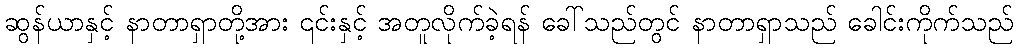
ဆွန်ယာနှင့် နာတာရှာတို့အား ၎င်းနှင့် အတူလိုက်ခဲ့ရန် ခေါ်သည်တွင် နာတာရှာသည် ခေါင်းကိုက်သည်